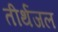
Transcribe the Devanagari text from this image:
तीर्थजल